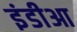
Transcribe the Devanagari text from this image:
इंडीआ